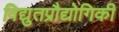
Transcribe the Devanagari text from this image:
विद्युतप्रौद्योगिकी